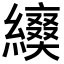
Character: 𦆌